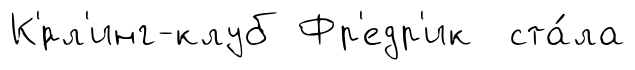
К'́рл'инг-клуб Фр'едр'ик ста́ла